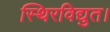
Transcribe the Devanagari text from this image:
स्थिरविद्युत।